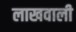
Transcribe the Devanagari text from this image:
लाखवाली